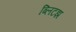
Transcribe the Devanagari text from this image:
ब्लिटझ